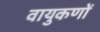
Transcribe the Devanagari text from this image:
वायुकणों